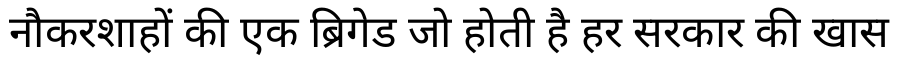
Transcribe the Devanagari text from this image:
नौकरशाहों की एक ब्रिगेड जो होती है हर सरकार की खास